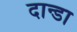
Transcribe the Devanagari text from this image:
दान्डा